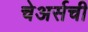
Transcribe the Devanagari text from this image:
चेअर्सची